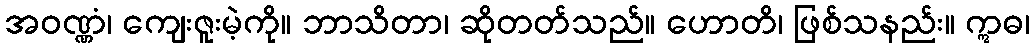
အဝဏ္ဏံ၊ ကျေးဇူးမဲ့ကို။ ဘာသိတာ၊ ဆိုတတ်သည်။ ဟောတိ၊ ဖြစ်သနည်း။ ဣဓ၊